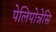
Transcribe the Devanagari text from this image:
पेलिपोन्नेसि